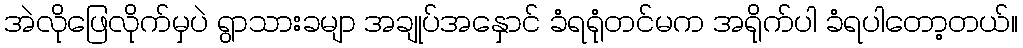
အဲလိုဖြေလိုက်မှပဲ ရွာသားခမျာ အချုပ်အနှောင် ခံရရုံတင်မက အရိုက်ပါ ခံရပါတော့တယ်။